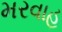
મરવાહ